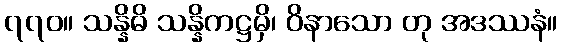
၇၇၀။ သန္နိဓိ သန္နိကဋ္ဌမှိ၊ ဝိနာသော တု အဒဿနံ။